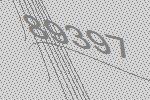
89397